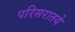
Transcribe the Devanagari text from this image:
परिसरातये